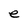
Character: e